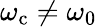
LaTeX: \omega_{\mathrm{c}}\neq\omega_{0}